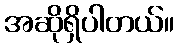
အဆိုရှိပါတယ်။